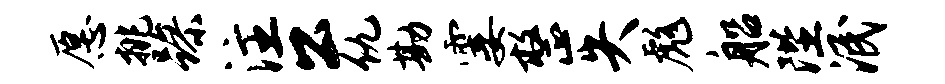
愿挑躁注公仇勘霎整失彪船陛泯